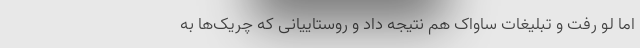
اما لو رفت و تبلیغات ساواک هم نتیجه داد و روستاییانی که چریک‌ها به